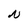
Character: N